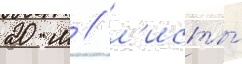
20 м / л'исты́